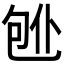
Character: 𱐸